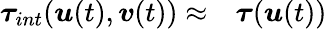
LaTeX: \begin{array}{rl}{\boldsymbol{\tau}_{int}(\boldsymbol{u}(t),\boldsymbol{v}(t))\approx}&{{}\boldsymbol{\tau}(\boldsymbol{u}(t))}\end{array}